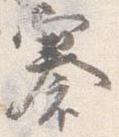
褰